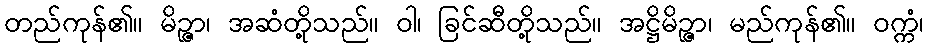
တည်ကုန်၏။ မိဉ္ဇာ၊ အဆံတို့သည်။ ဝါ၊ ခြင်ဆီတို့သည်။ အဋ္ဌိမိဉ္ဇာ၊ မည်ကုန်၏။ ဝက္ကံ၊